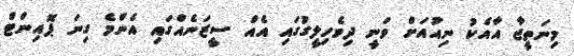
މިނަތީޖާ އާއެކު ނިއުއަށް ވަނީ ދިވެހިލީގުގައި އެއް ސީޒަނެއްގައި އެންމެ ގިނަ ޕޮއިންޓް